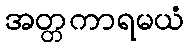
အတ္တကာရမယံ